Annual administration and progress report of the Indian Medical Department, Bombay
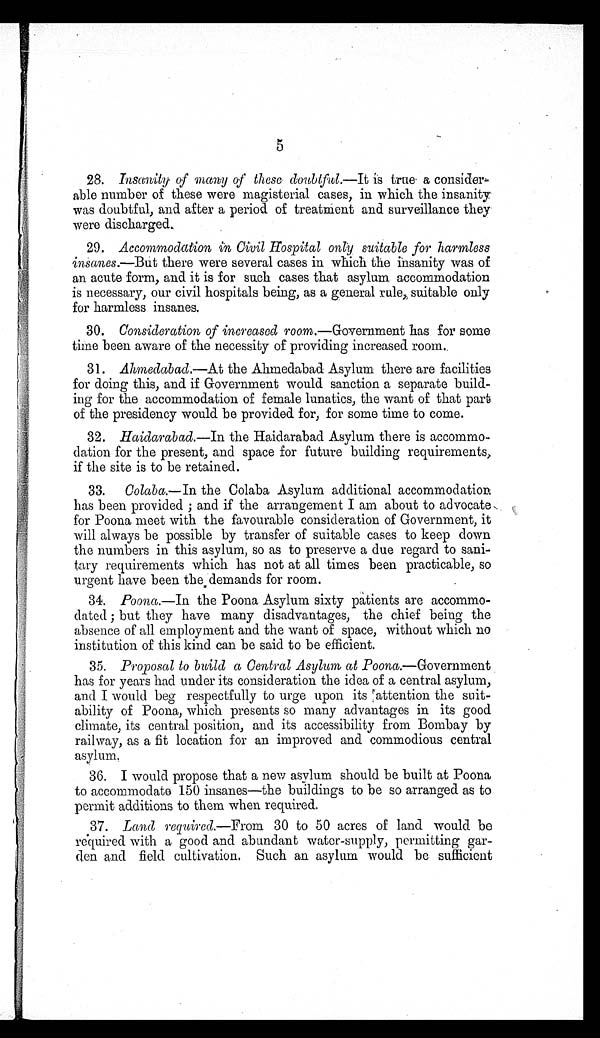
5
28. Insanity of many of these doubtful.— It is true a consider
- a b l e n u m b e r o f t h e s e w e r e m a g i s t e r i a l c a s e s , i n w h i c h t h e i n s a n i t y
was doubtful, and after a period of treatment and surveillance they
were discharged.
29.
Accommodation in Civil Hospital only suitable for harmless
insanes .—But there were several cases in which the insanity was of
an acute form, and it is for such cases that asylum accommodation
is necessary, our civil hospitals being, as a general rule, suitable only
for harmless insanes.
30. Consideration of increased room .—Government has for some
time been aware of the necessity of providing increased room.
31. Ahmedabad .—At the Ahmedabad Asylum there are facilities
for doing this, and if Government would sanction a separate build--
ing for the accommodation of female lunatics, the want of that part
of the presidency would be provided for, for some time to come.
32. Haidarabad.— In the Haidarabad Asylum there is accommo
- d a t i o n f o r t h e p r e s e n t , a n d s p a c e f o r f u t u r e b u i l d i n g r e q u i r e m e n t s ,
if the site is to be retained.
33. Colaba.— In the Colaba Asylum additional accommodation
has been provided ; and if the arrangement I am about to advocate
for Poona meet with the favourable consideration of Government, it
will always be possible by transfer of suitable cases to keep down
the numbers in this asylum, so as to preserve a due regard to sani--
tary requirements which has not at all times been practicable, so
urgent have been the demands for room.
34.
Poona.— In the Poona Asylum sixty patients are accommo--
dated; but they have many disadvantages, the chief being the
absence of all employment and the want of space, without which no
institution of this kind can be said to be efficient.
35. Proposal to build a Central Asylum at Poona .—Government
has for years had under its consideration the idea of a central asylum,
and I would beg respectfully to urge upon its attention the suit--
ability of Poona, which presents so many advantages in its good
climate, its central position, and its accessibility from Bombay by
railway, as a fit location for an improved and commodious central
asylum.
36. I would propose that a new asylum should be built at Poona
to accommodate 150 insanes—the buildings to be so arranged as to
permit additions to them when required.
37. Land required.—From 30 to 50 acres of land would be
required with a good and abundant water-supply, permitting gar--
den and field cultivation. Such an asylum would be sufficient